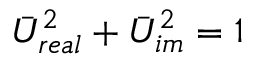
\bar { U } _ { r e a l } ^ { 2 } + \bar { U } _ { i m } ^ { 2 } = 1